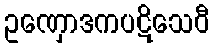
ဥဏှောဒကပဋိသေဝီ